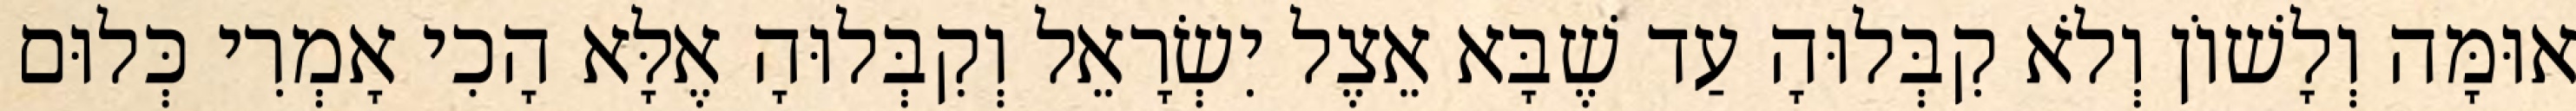
אוּמָּה וְלָשׁוֹן וְלֹא קִבְּלוּהָ עַד שֶׁבָּא אֵצֶל יִשְׂרָאֵל וְקִבְּלוּהָ אֶלָּא הָכִי אָמְרִי כְּלוּם